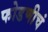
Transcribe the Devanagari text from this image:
फोडणीचं